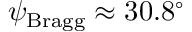
\psi _ { \mathrm { B r a g g } } \approx 3 0 . 8 ^ { \circ }